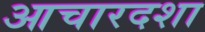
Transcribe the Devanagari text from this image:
आचारदशा